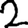
Digit: 2